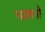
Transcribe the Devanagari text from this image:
भाशनो